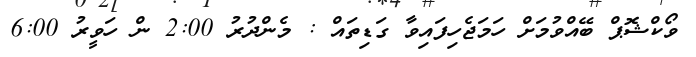
ވޯކްޝޮޕް ބޭއްވުމަށް ހަމަޖެހިފައިވާ ގަޑިތައް : މެންދުރު 2:00 ން ހަވީރު 6:00